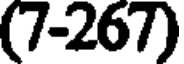
(7-267)